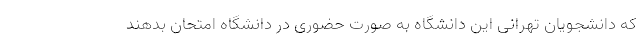
که دانشجویان تهرانی این دانشگاه به صورت حضوری در دانشگاه امتحان بدهند